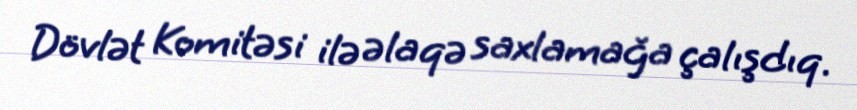
Dövlət Komitəsi ilə əlaqə saxlamağa çalışdıq.